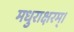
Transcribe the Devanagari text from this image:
मधुराक्षरम्‌।